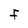
Character: F